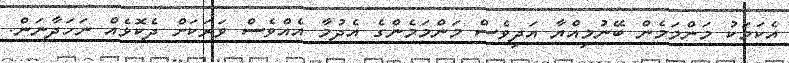
އެކަމަކު މަންމަމެން ބޭނުމިއްޔާ އަދިވެސް މަންމަމެންގެ އެދުމާ އެއްވެސް ވަރަކަށް ދެކޮޅެއް ނަހަދާނަން.